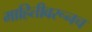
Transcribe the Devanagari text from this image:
माहितीवरूनच